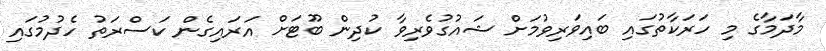
މާދަމާގެ މި ހަރަކާތުގައި ބައިވަރިވުމަށް ޝައުގުވެރިވާ ކުދިން ބޫޓަށް އަރައިގެން ކަސްރަތު ހެދުމުގައި